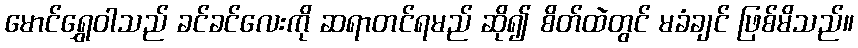
မောင်ရွှေဝါသည် ခင်ခင်လေးကို ဆရာတင်ရမည် ဆို၍ စိတ်ထဲတွင် မခံချင် ဖြစ်မိသည်။